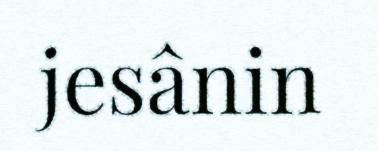
jesânin